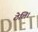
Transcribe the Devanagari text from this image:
ठेलि।